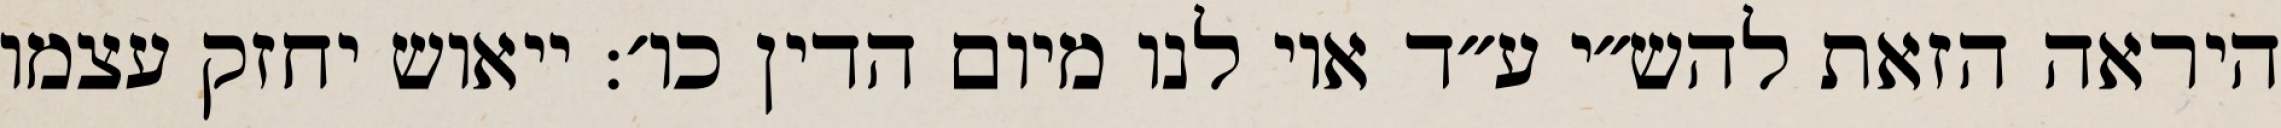
היראה הזאת להש״י ע״ד אוי לנו מיום הדין כו׳: ייאוש יחזק עצמו